Trukikaitis_Postimees, lk 122
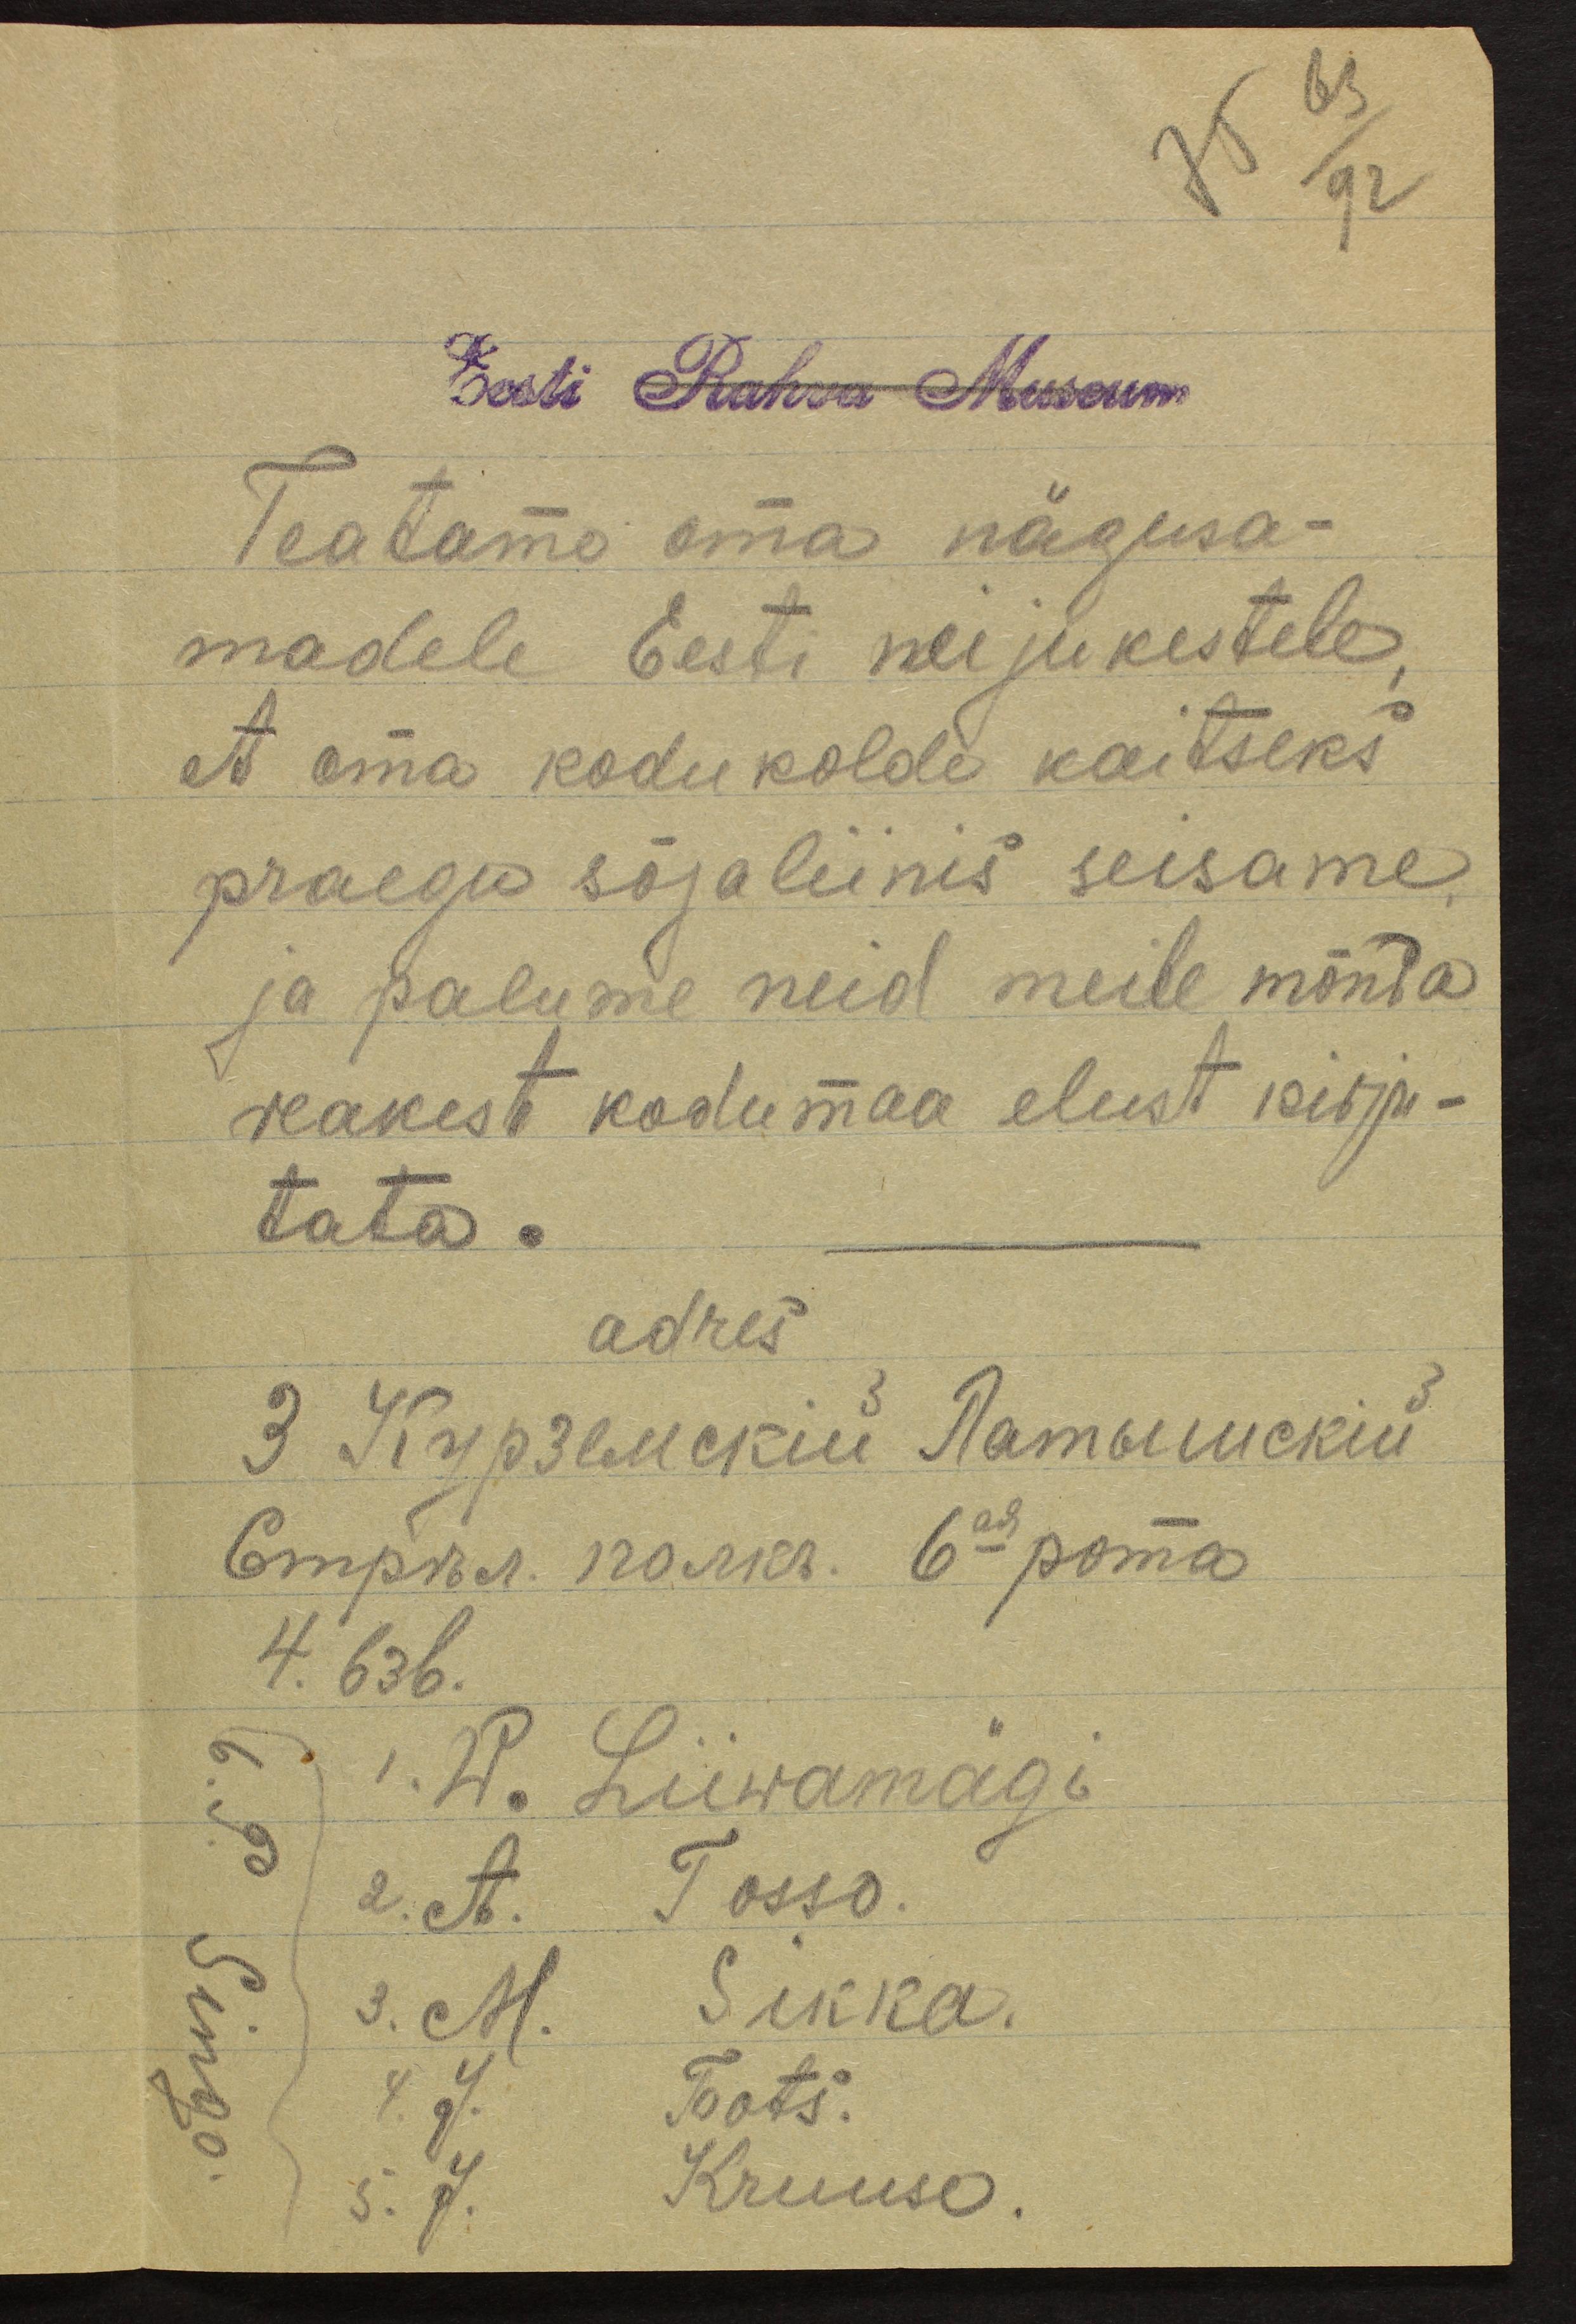
75
63
92
Eesti Rahva Museum
Teatama oma nägusa-
madele Eesti neijukestele
et oma kodukolde kaitseks
praegu sõjaliinis seisame
ja palume neid meile mõnda
reakest kodumaa elust kirju-
tata.
adres
1. W. Liiwamägi
2. A. Tosso.
6. P. Singo
3. M. Sikka.
4. J. Toots.
5. J. Kruuso.